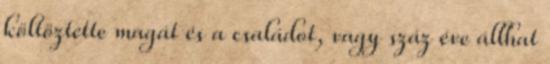
költöztette magát és a családot, vagy száz éve állhat